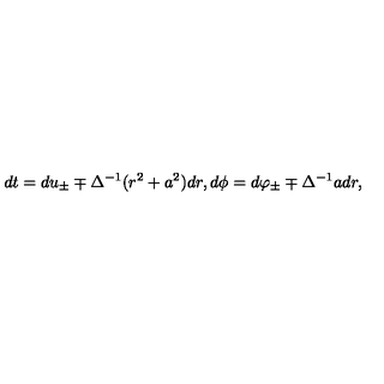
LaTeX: d t = d u _ { \pm } \mp \Delta ^ { - 1 } ( r ^ { 2 } + a ^ { 2 } ) d r , d \phi = d \varphi _ { \pm } \mp \Delta ^ { - 1 } a d r ,